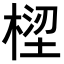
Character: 𣕝